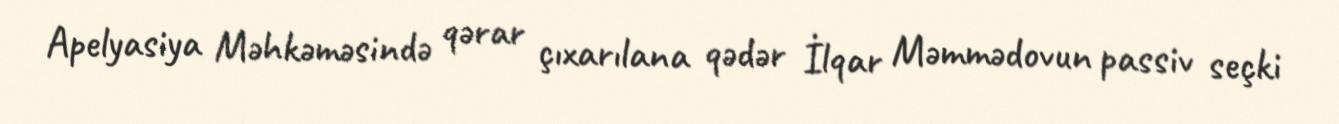
Apelyasiya Məhkəməsində qərar çıxarılana qədər İlqar Məmmədovun passiv seçki